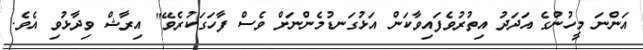
އަންނަ މީހުންގެ އަދަދު އިތުރުވެފައިވާކަން އަޅުގަނޑުމެންނަށް ވެސް ފާހަގަކުރެވޭ" އިރާޝް ވިދާޅުވި އެވެ.